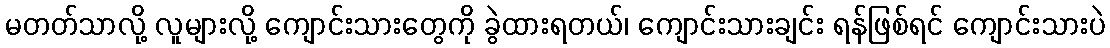
မတတ်သာလို့ လူများလို့ ကျောင်းသားတွေကို ခွဲထားရတယ်၊ ကျောင်းသားချင်း ရန်ဖြစ်ရင် ကျောင်းသားပဲ